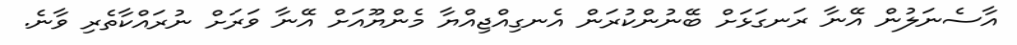
އާސެނަލުން އޭނާ ރަނގަޅަށް ބޭނުންކުރަން އެނގިއްޖިއްޔާ މެންޔޫއަށް އޭނާ ވަރަށް ނުރައްކާތެރި ވާނެ.